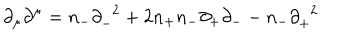
LaTeX: { \partial } _ { \mu } { \partial } ^ { \mu } = n _ { - } { \partial } _ { - } ^ { \; \; 2 } + 2 n _ { + } n _ { - } { \partial } _ { + } { \partial } _ { -- } n _ { - } { \partial } _ { + } ^ { \; \; 2 }